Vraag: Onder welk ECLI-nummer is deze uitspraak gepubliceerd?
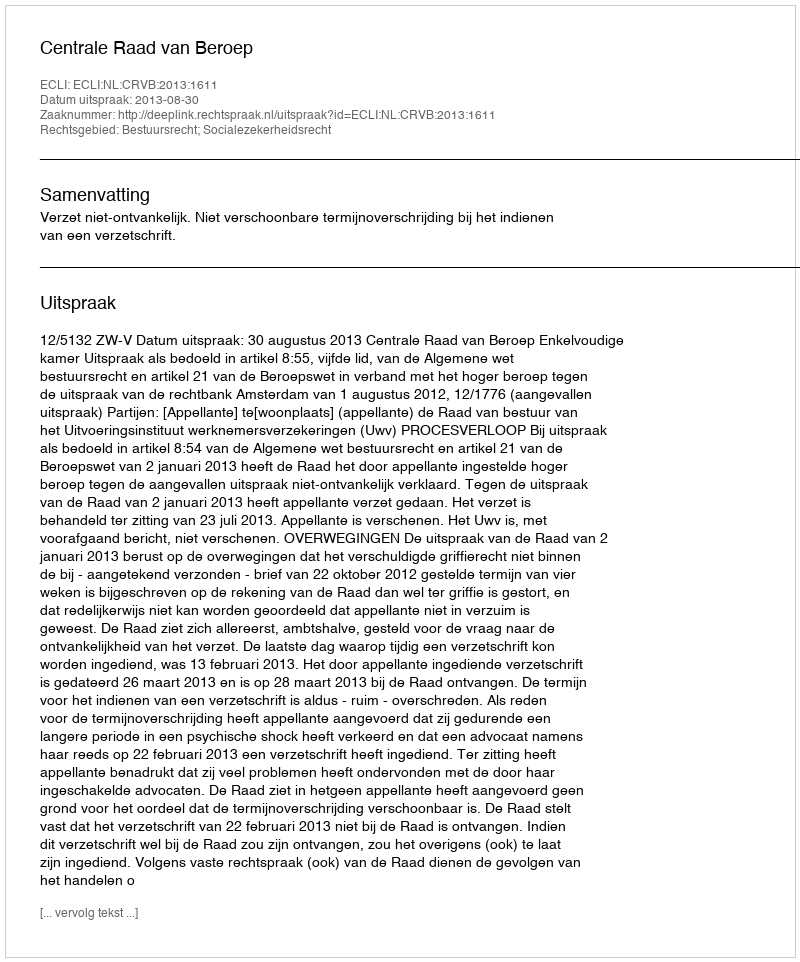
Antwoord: ECLI:NL:CRVB:2013:1611